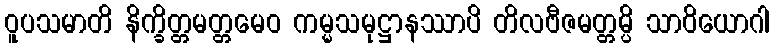
ဝူပသမာတိ နိက္ခိတ္တမတ္တမေဝ ကမ္မသမုဋ္ဌာနဿာပိ တိလဗီဇမတ္တမ္ပိ သာဝိယောဂါ